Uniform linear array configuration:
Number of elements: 64
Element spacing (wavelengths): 1
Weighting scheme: hann
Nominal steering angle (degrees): -60
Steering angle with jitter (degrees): -58.127
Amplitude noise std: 0.05
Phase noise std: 0.05

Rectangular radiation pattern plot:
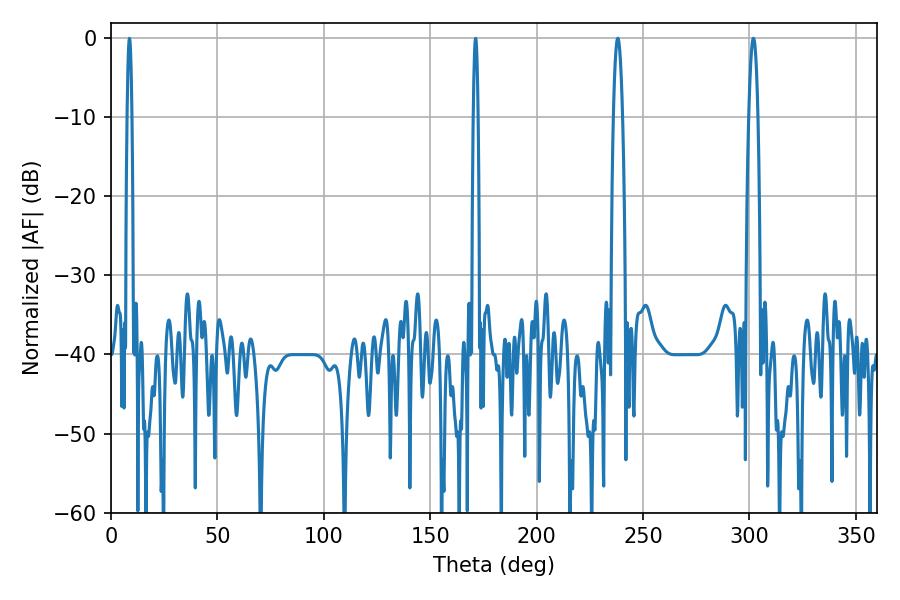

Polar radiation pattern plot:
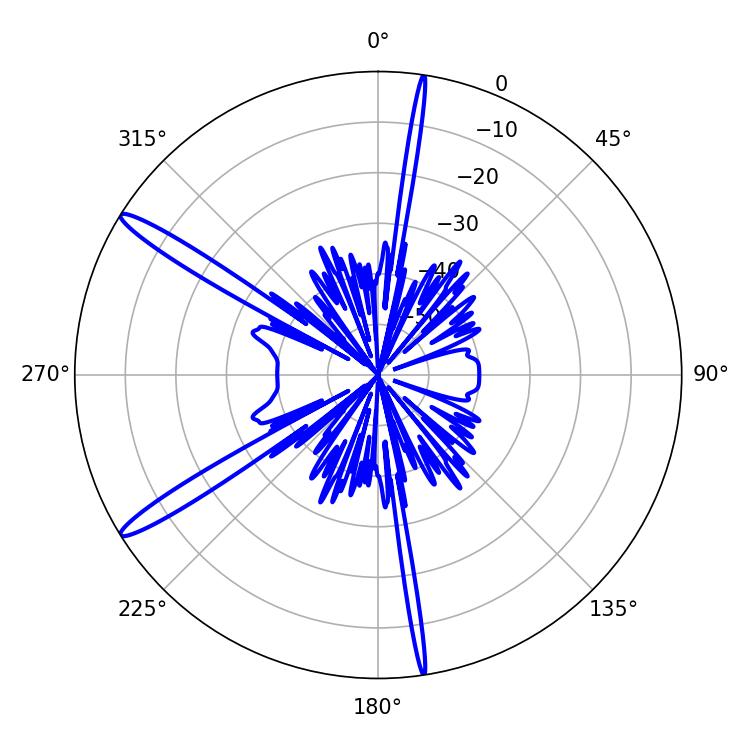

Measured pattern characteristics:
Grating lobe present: TRUE
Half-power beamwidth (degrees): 2.16
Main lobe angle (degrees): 301.86